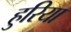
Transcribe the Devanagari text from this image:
हुरिया